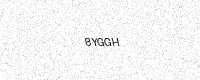
Text: 8YGGH